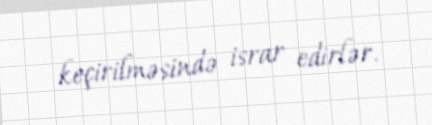
keçirilməsində israr edirlər.